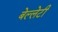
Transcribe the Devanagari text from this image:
बेल्लेटी